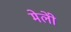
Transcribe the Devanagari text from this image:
मेलोें